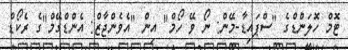
ޓޮމް ހޮލަންޑްގެ "ސްޕައިޑާ-މޭން: ނޯ ވޭ ހޯމް" އިން "އެވެންޖާޒް: އެންޑްގޭމް"ގެ ރެކޯޑް